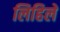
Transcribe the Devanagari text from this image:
लिहिलें